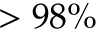
> 9 8 \%